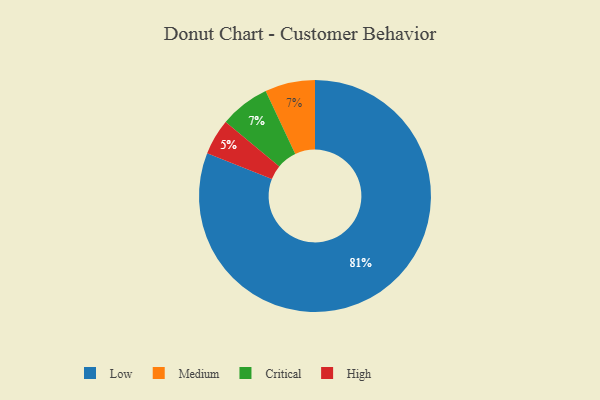
{"axis": {"x": "Category", "y": "Percentage"}, "legend": ["Critical", "High", "Low", "Medium"], "data": [{"x": "Medium", "y": 7, "type": "Medium"}, {"x": "High", "y": 5, "type": "High"}, {"x": "Critical", "y": 7, "type": "Critical"}, {"x": "Low", "y": 81, "type": "Low"}]}